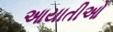
આયાતીઓ